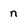
Character: n